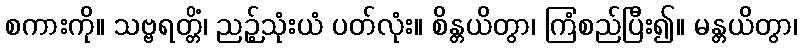
စကားကို။ သဗ္ဗရတ္တိံ၊ ညဉ့်သုံးယံ ပတ်လုံး။ စိန္တယိတွာ၊ ကြံစည်ပြီး၍။ မန္တယိတွာ၊